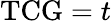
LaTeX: \mathrm{TCG}=t